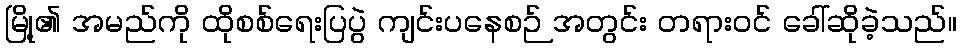
မြို့၏ အမည်ကို ထိုစစ်ရေးပြပွဲ ကျင်းပနေစဉ် အတွင်း တရားဝင် ခေါ်ဆိုခဲ့သည်။